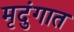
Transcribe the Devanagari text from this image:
मृदुंगात